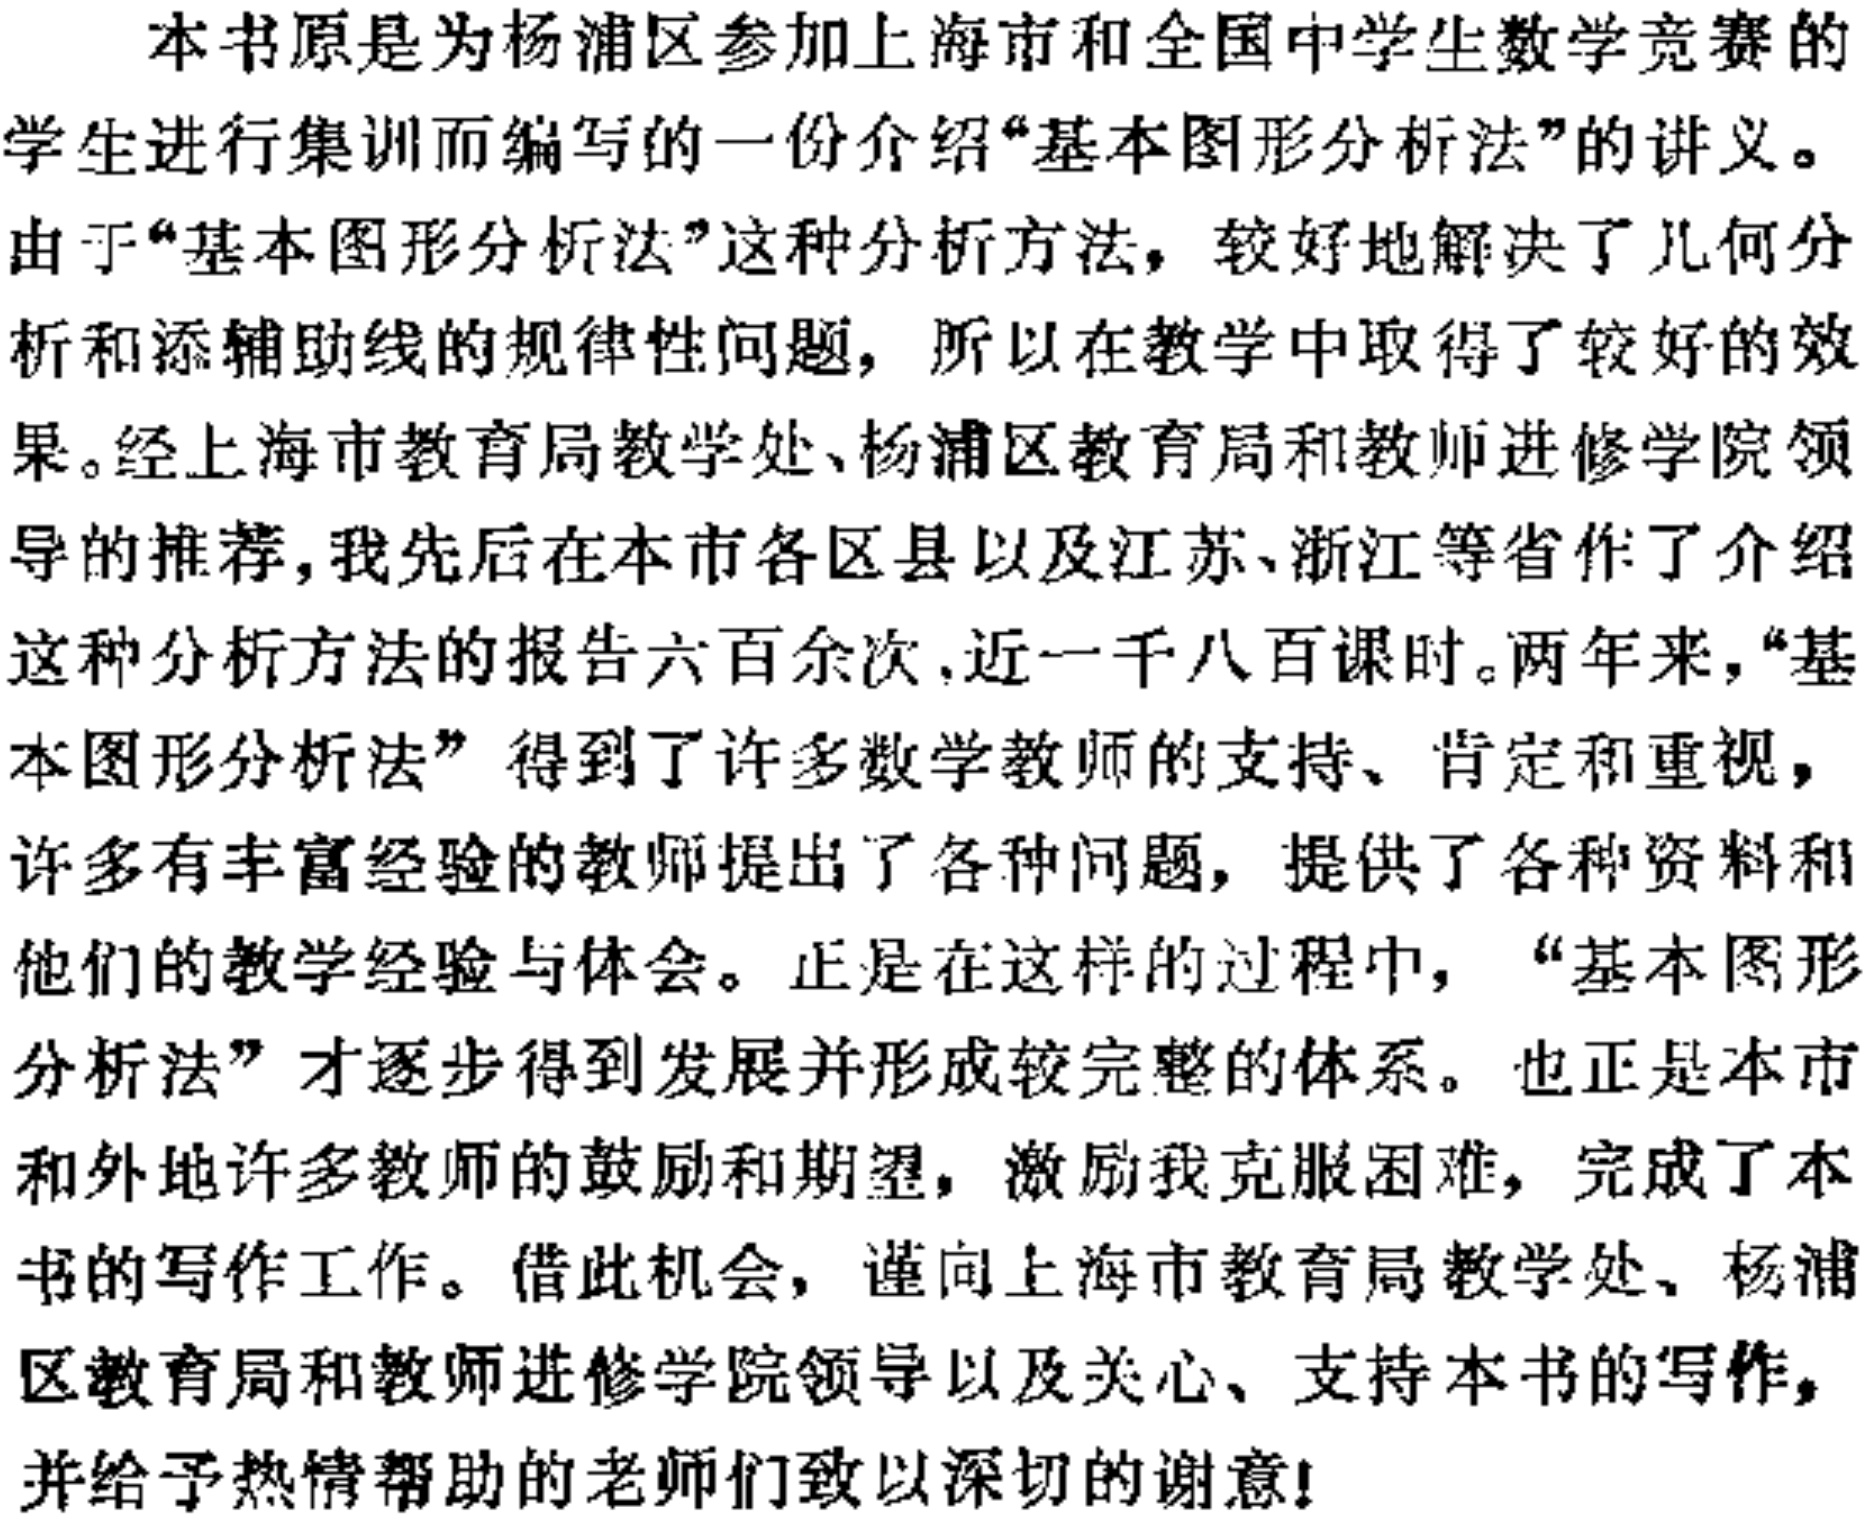
本书原是为杨浦区参加上海市和全国中学生数学竞赛的
学生进行集训而编写的一份介绍“基本图形分析法”的讲义。
由于“基本图形分析法”这种分析方法，较好地解决了几何分
析和添辅助线的规律性问题，所以在教学中取得了较好的效
果。经上海市教育局教学处、杨浦区教育局和教师进修学院领
导的推荐，我先后在本市各区县以及江苏、浙江等省作了介绍
这种分析方法的报告六百余次，近一千八百课时。两年来，“基
本图形分析法”得到了许多数学教师的支持、肯定和重视，
许多有丰富经验的教师提出了各种问题，提供了各种资料和
他们的教学经验与体会。正是在这样的过程中，“基本图形
分析法”才逐步得到发展并形成较完整的体系。也正是本市
和外地许多教师的鼓励和期望，激励我克服困难，完成了本
书的写作工作。借此机会，谨向上海市教育局教学处、杨浦
区教育局和教师进修学院领导以及关心、支持本书的写作，
并给予热情帮助的老师们致以深切的谢意！